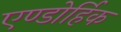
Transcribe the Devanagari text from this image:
एण्डोर्हिक